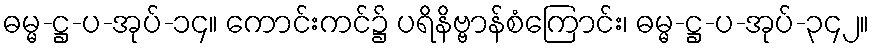
ဓမ္မ-ဋ္ဌ-ပ-အုပ်-၁၄။ ကောင်းကင်၌ ပရိနိဗ္ဗာန်စံကြောင်း၊ ဓမ္မ-ဋ္ဌ-ပ-အုပ်-၃၄၂။